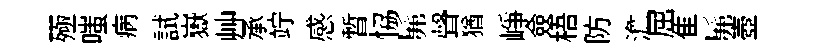
殛嗤病試嶽艸承竚感暫恊髴聲猶峥僉梧防澹屈隹髴壺